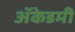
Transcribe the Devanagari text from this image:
अॅकेडमी